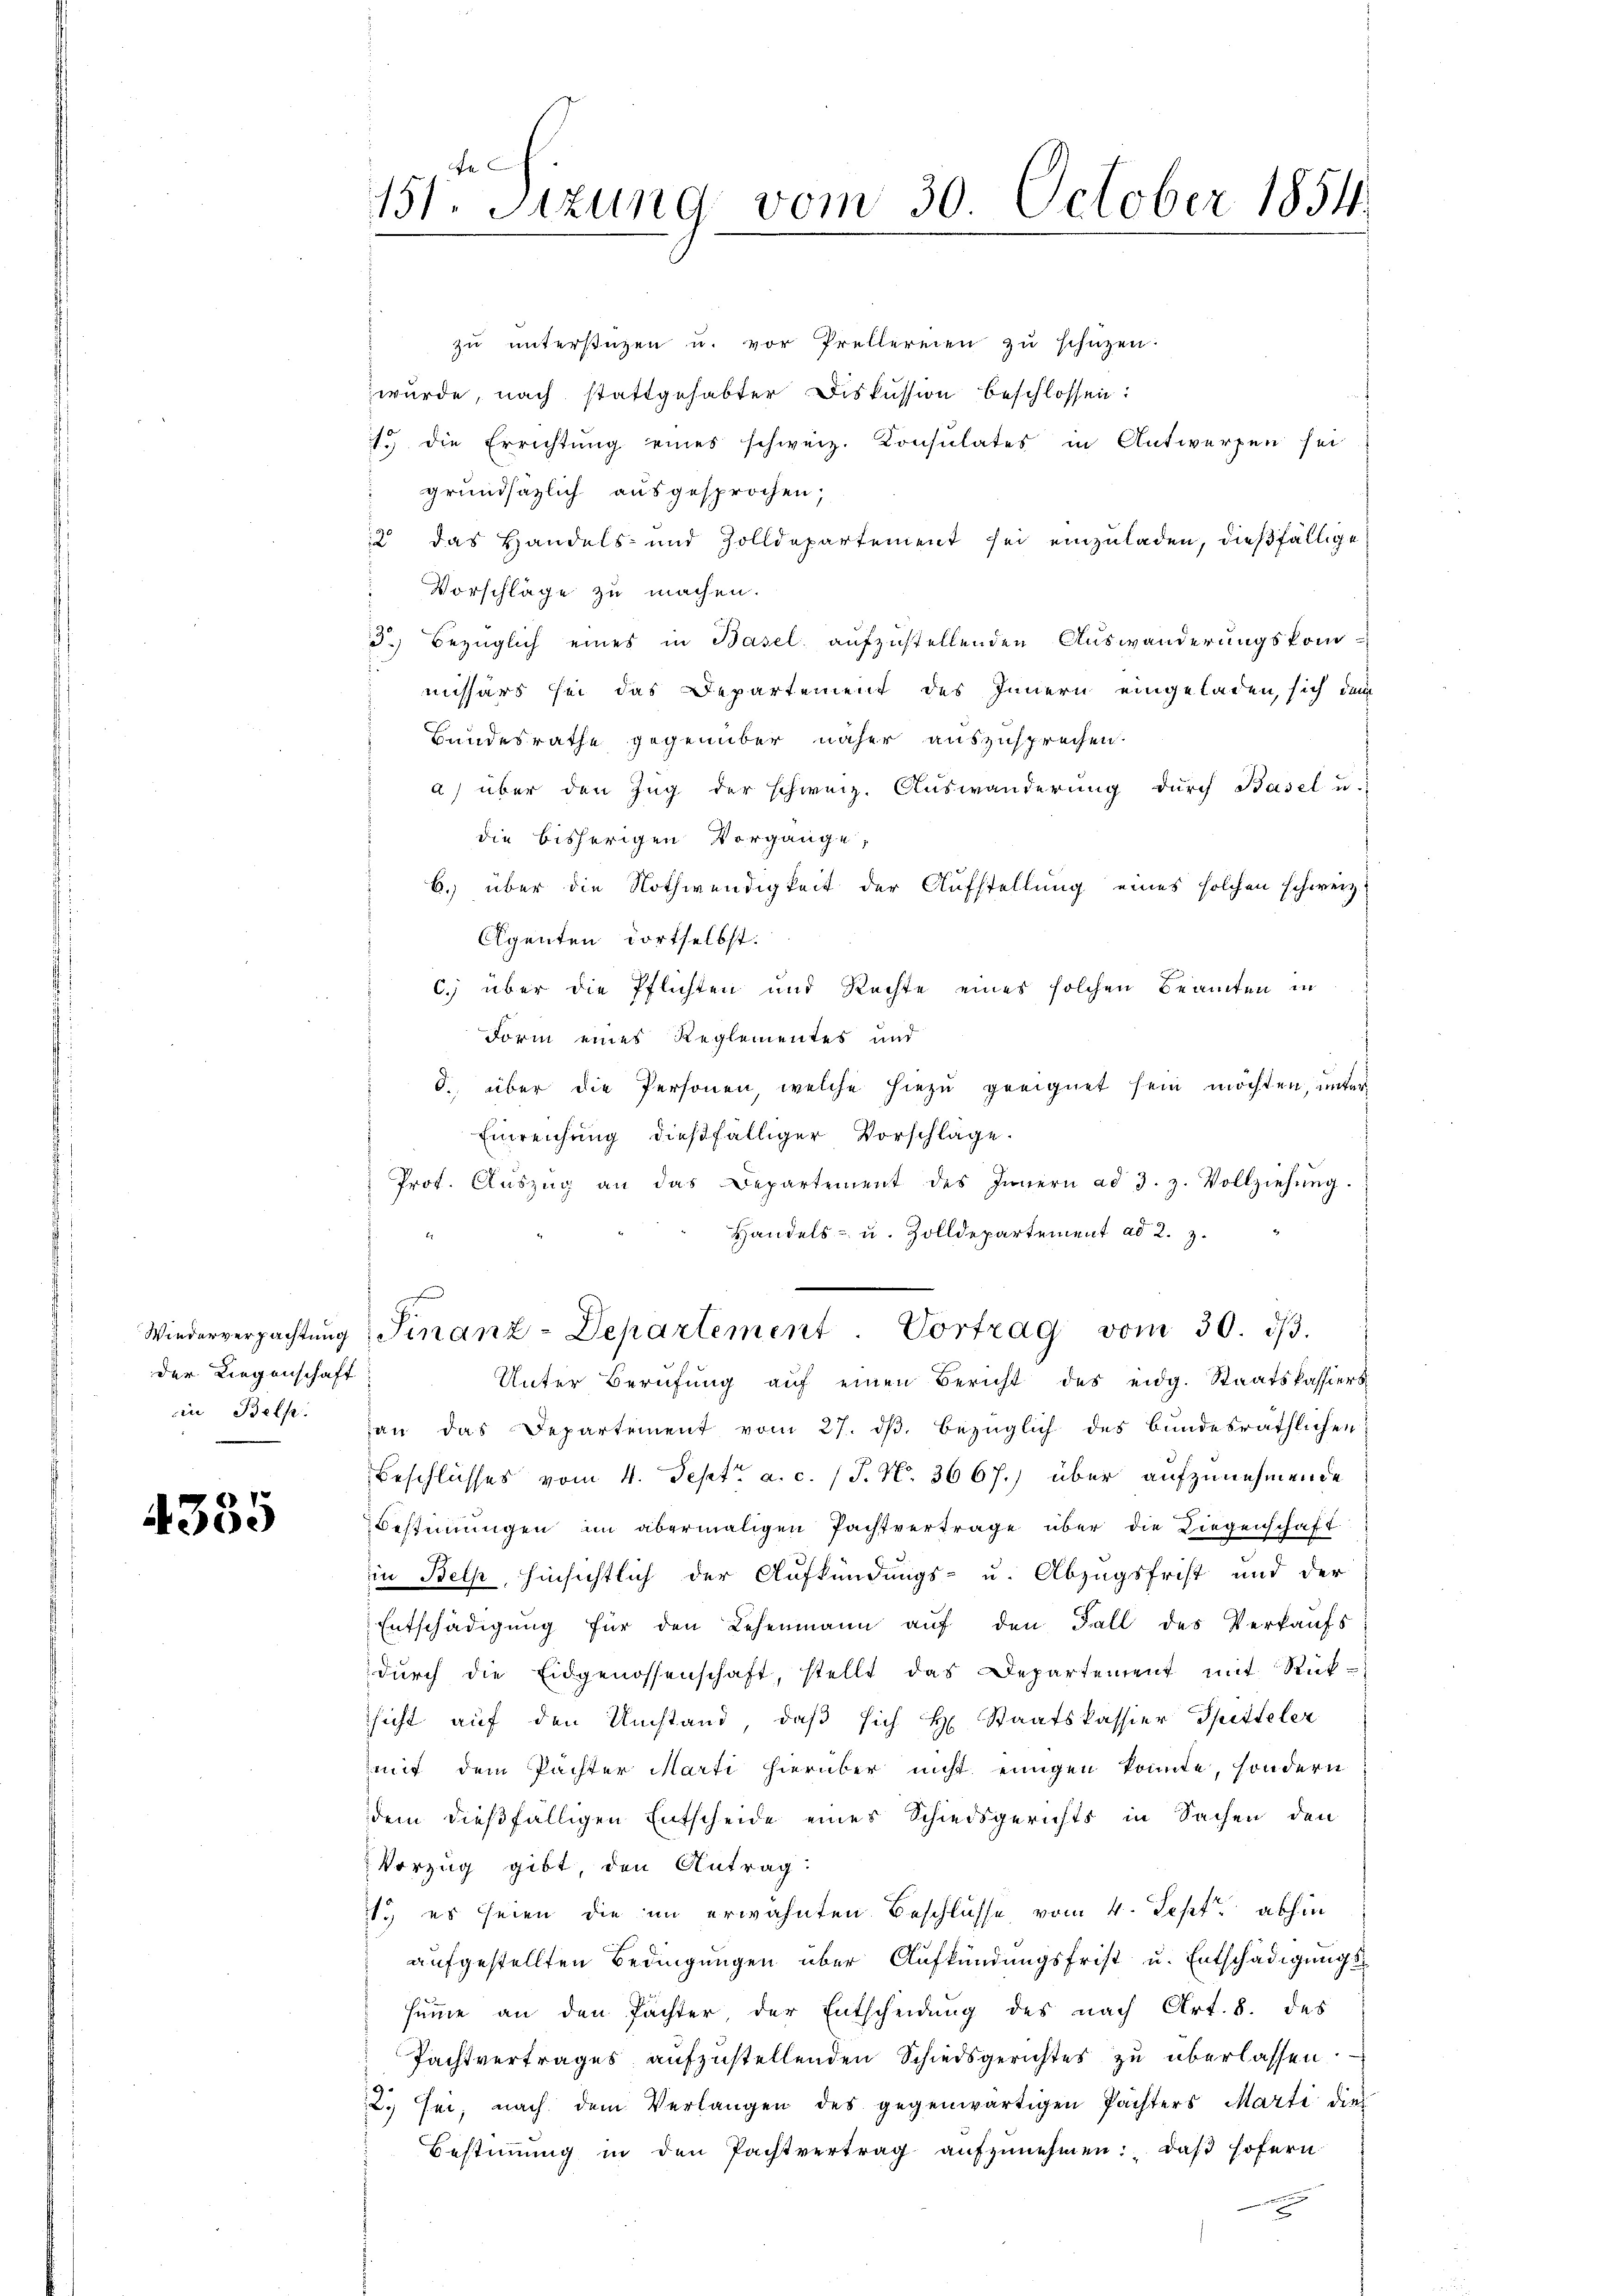
Wiederverpachtung
der Liegenschaft

4385

A
151. Sizung vom 30. October 1854.
e

zŭ ŭnterstüzen u. vor Prellereien zŭ schützen.
wurde, nach stattgehabter Diskussion beschlossen:
1. die Errichtung eines schweiz. Konsulates in Antworfen sei
grundsätzlich ausgesprochen,
2 das Handels- und Zolldepartement sei einzuladen, dießfällige
Vorschläge zu machen.
d.) Bezüglich eines in Basel aufzustellenden Auswanderungskom-
missärs sei das Departement des Innern eingeladen, sich denn
Bundesrathe gegenüber näher auszusprechen.
a) über den Zug der schweiz. Auswanderung durch Basel u.
die bisherigen Vorgange,
6. über die Nothwendigkeit der Aufstellung eines solchen schweiz.
Agenten dortselbst.
c.) über die Pflichten und Rechte eines solchen Beamten in
Form eines Reglementes und
8. über die Personen, welche hiezu geeignet sein möchten, unter¬
Einreichung dießfälliger Vorschläge.
Prot. Aŭszŭg an das Departement des Innern ad 3. z. Vollziehŭng.
Handels- u. Zolldepartement ad 2. 3.
Sinanz-Departement Vortrag vom 30. dβ.
Unter Berufung aŭf einen Bericht des eidg. Staatskassiers
in Bett. an das Departement vom 27. dβ. bezüglich des bundesräthlichen
Beschlusses vom 4. Sept. a. c. (T. N. 3667.) über aufzunehmende
Bestimmungen im abermaligen Pachtvertrage über die Liegenschaft
in Belp, hinsichtlich der Aufkündungs- u. Abzugsfrist und der
Entschädigung für den Lehenmann auf den Fall des Verkaufs
dŭrch die Eidgenossenschaft, stellt das Departement mit Rück-
sicht auf den Umstand, daβ sich H. Staatskassier Spitteler
mit dem Pächter Marti hierüber nicht einigen konnte, sondern
dem dießfälligen Entscheide eines Schiedsgerichts in Sachen den
Vorzug gibt, den Antrag:
1.) es seien die im erwähnten Beschlusse vom 4. Sept. abhin
aufgestellten Bedingungen über Aufkündungsfrist u. Entschädigungs
summe an den Pächter, der Entscheidung des nach Art. 8. des
Pachtvertrages aufzustellenden Schiedsgerichtes zu überlassen.
2. sei, nach dem Verlangen des gegenwärtigen Pachters Marti dies
Bestimmung in den Pachtvertrag aufzunehmen: „daß sofern